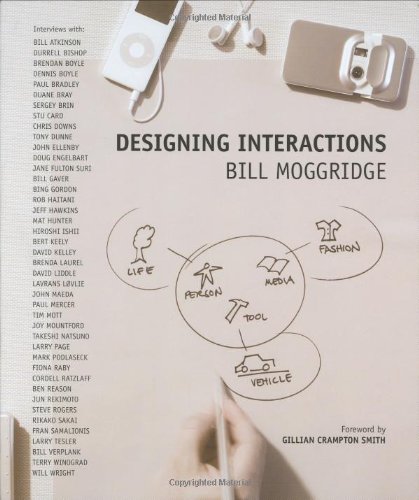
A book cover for Designing Interactions; Bill Moggridge; Arts & Photography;